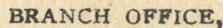
BRANCH OFFICE,